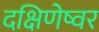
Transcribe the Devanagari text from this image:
दक्षिणेष्वर